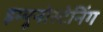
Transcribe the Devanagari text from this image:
इम्यूनोस्टेनिंग